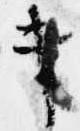
キ